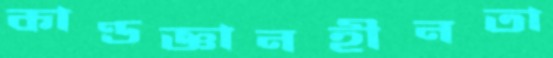
কাণ্ডজ্ঞানহীনতা